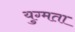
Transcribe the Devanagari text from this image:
युग्मता